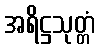
အရိဋ္ဌသုတ္တံ